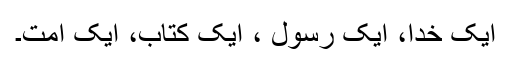
ایک خدا، ایک رسول ، ایک کتاب، ایک اُمت۔